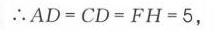
\(\therefore AD = CD = FH = 5\)，